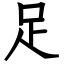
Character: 足